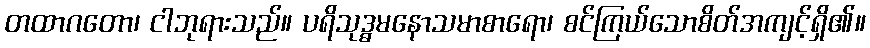
တထာဂတော၊ ငါဘုရားသည်။ ပရိသုဒ္ဓမနောသမာစာရော၊ စင်ကြယ်သောစိတ်အကျင့်ရှိ၏။